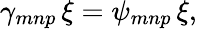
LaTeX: \gamma_{mnp}\, \xi=\psi_{mnp}\, \xi,